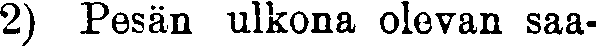
2) Pesän ulkona olevan saa-